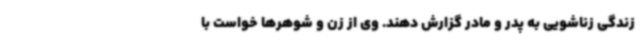
زندگی زناشویی به پدر و مادر گزارش دهند. وی از زن و شوهرها خواست با